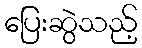
ပြေးဆွဲသည့်